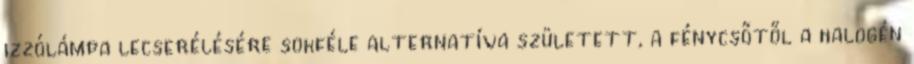
izzólámpa lecserélésére sokféle alternatíva született, a fénycsőtől a halogén